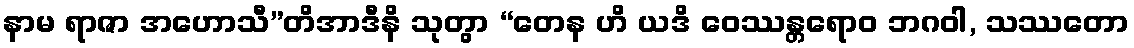
နာမ ရာဇာ အဟောသီ”တိအာဒီနိ သုတွာ “တေန ဟိ ယဒိ ဝေဿန္တရောဝ ဘဂဝါ, သဿတော